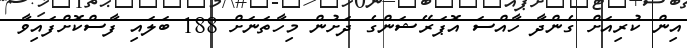
އިން ކުރިއަށް ގެންދާ ހާއްސަ އޮޕަރޭޝަންގެ ދަށުން މިހާތަނަށް 188 ބަލައި ފާސްކޮށްފައިވާ